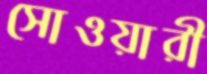
সোওয়ারী